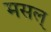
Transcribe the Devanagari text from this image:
मसल्‌